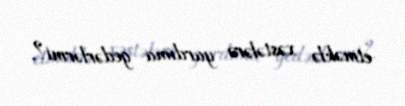
etməklə xəstələrə yardıma gedərlərmi?.